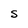
Character: s